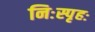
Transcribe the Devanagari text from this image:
निःस्पृहः